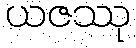
ယဇဿု